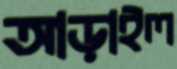
আড়াইল